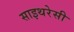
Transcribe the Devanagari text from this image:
साइथरेसी